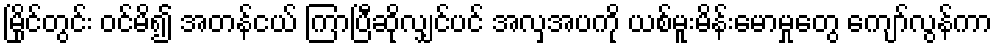
မြိုင်တွင်း ဝင်မိ၍ အတန်ငယ် ကြာပြီဆိုလျှင်ပင် အလှအပကို ယစ်မူးမိန်းမောမှုတွေ ကျော်လွန်ကာ